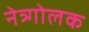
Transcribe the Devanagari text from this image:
नेत्र्गोलक